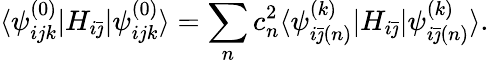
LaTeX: \langle\psi_{ijk}^{(0)}|H_{i\bar{\jmath}}|\psi_{ijk}^{(0)}\rangle=\sum_{n}c_{n}^{2}\langle\psi_{i\bar{\jmath}(n)}^{(k)}|H_{i\bar{\jmath}}|\psi_{i\bar{\jmath}(n)}^{(k)}\rangle.